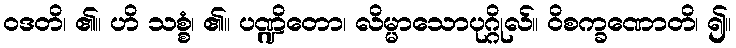
ဝဒတိ၊ ၏။ ဟိ သစ္စံ၊ ၏။ ပဏ္ဍိတော၊ လိမ္မာသောပုဂ္ဂိုလ်။ ဝိစက္ခဏောတိ၊ ၍။